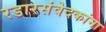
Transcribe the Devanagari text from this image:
रडारसंवेदकांना